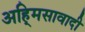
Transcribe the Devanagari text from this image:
अहि्मसावादी